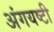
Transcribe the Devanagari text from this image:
अंगयष्टी